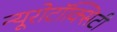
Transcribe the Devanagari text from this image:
न्यूरोटॉक्सिटी